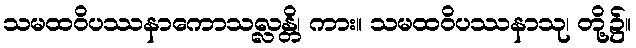
သမထဝိပဿနာကောသလ္လန္တိ၊ ကား။ သမထဝိပဿနာသု၊ တို့၌။